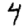
Digit: 4